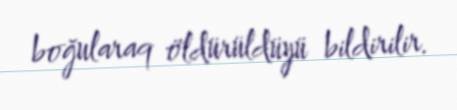
boğularaq öldürüldüyü bildirilir.